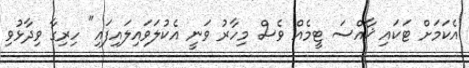
އެކަމަށް ޓަކައި ޚާއްސަ ޓީމެއް ވެސް މިހާރު ވަނީ އެކުލަވައިލައިފައި" ހިރިގާ ވިދާޅުވި